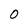
Character: 0